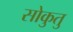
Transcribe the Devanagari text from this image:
सोकुतु